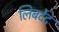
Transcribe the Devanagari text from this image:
लिबर्देद